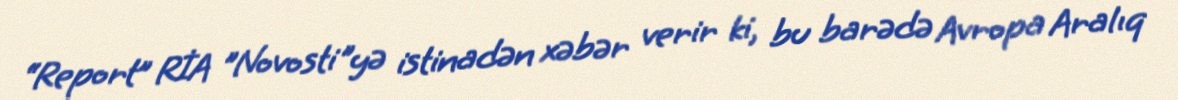
“Report” RİA "Novosti"yə istinadən xəbər verir ki, bu barədə Avropa Aralıq